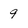
Character: 9